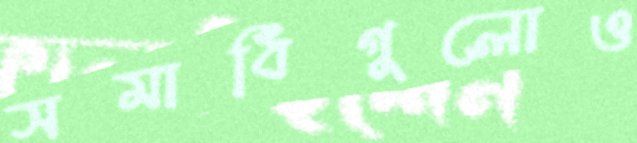
সমাধিগুলোও